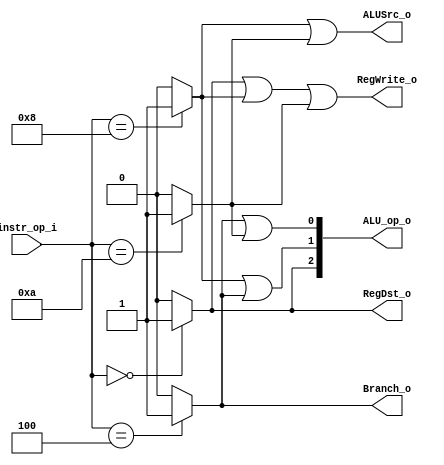
//student's id: 0716325
//Subject:     CO project 2 - Decoder
//--------------------------------------------------------------------------------
//Version:     1
//--------------------------------------------------------------------------------
//Writer:      0716325
//----------------------------------------------
//Date:        
//----------------------------------------------
//Description: 
//--------------------------------------------------------------------------------

module Decoder(
    instr_op_i,
	RegWrite_o,
	ALU_op_o,
	ALUSrc_o,
	RegDst_o,
	Branch_o
	);
     
//I/O ports
input  [6-1:0] instr_op_i;

output         RegWrite_o;
output [3-1:0] ALU_op_o;
output         ALUSrc_o;
output         RegDst_o;
output         Branch_o;
 
//Internal Signals
reg    [3-1:0] ALU_op_o;
reg            ALUSrc_o;
reg            RegWrite_o;
reg            RegDst_o;
reg            Branch_o;

//Parameter
wire r_format, addi, slti, beq;

//Main function

assign r_format = (instr_op_i == 0) ? 1 : 0;
assign     addi = (instr_op_i == 8) ? 1 : 0;
assign     slti = (instr_op_i == 10) ? 1 : 0;
assign      beq = (instr_op_i == 4) ? 1 : 0;

always@(*)begin
	RegDst_o = r_format;
	ALUSrc_o = addi | slti;
	RegWrite_o = r_format | addi | slti;
	Branch_o = beq;
	ALU_op_o[2] = r_format;
	ALU_op_o[1] = addi | beq;
	ALU_op_o[0] = beq | slti;
end

endmodule